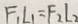
F _ { 1 } L _ { 1 } = F _ { 2 } l _ { 2 }